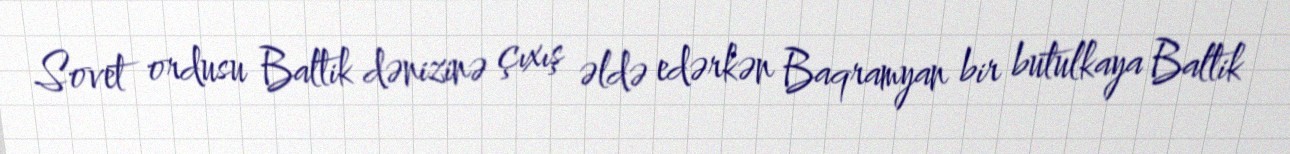
Sovet ordusu Baltik dənizinə çıxış əldə edərkən Baqramyan bir butulkaya Baltik